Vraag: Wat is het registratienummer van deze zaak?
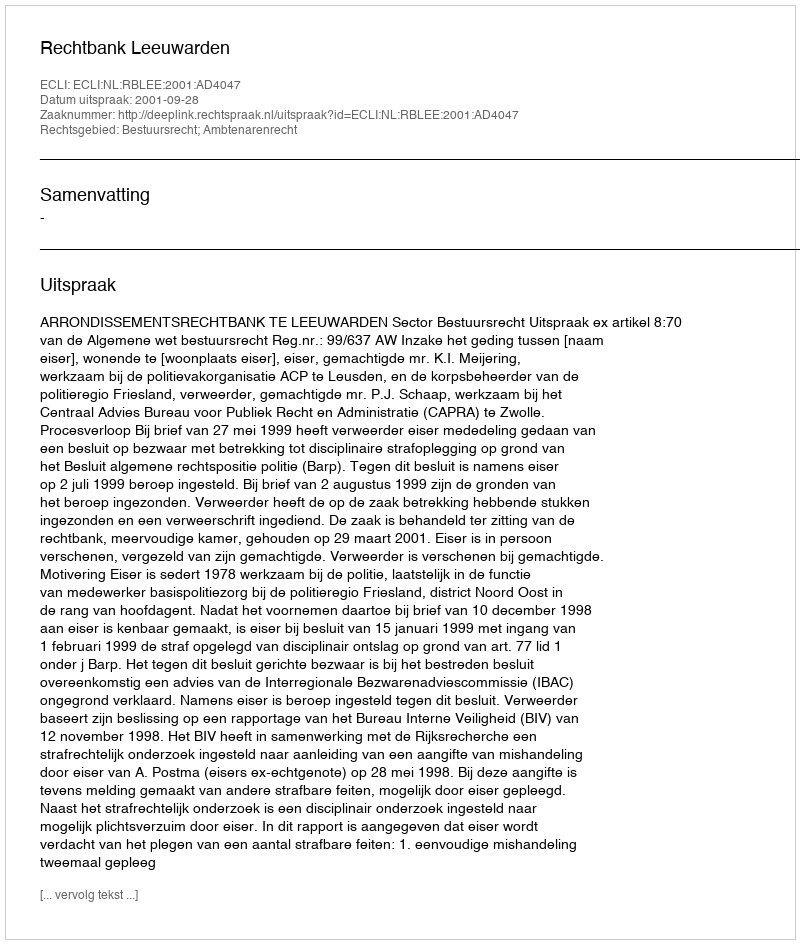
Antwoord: http://deeplink.rechtspraak.nl/uitspraak?id=ECLI:NL:RBLEE:2001:AD4047